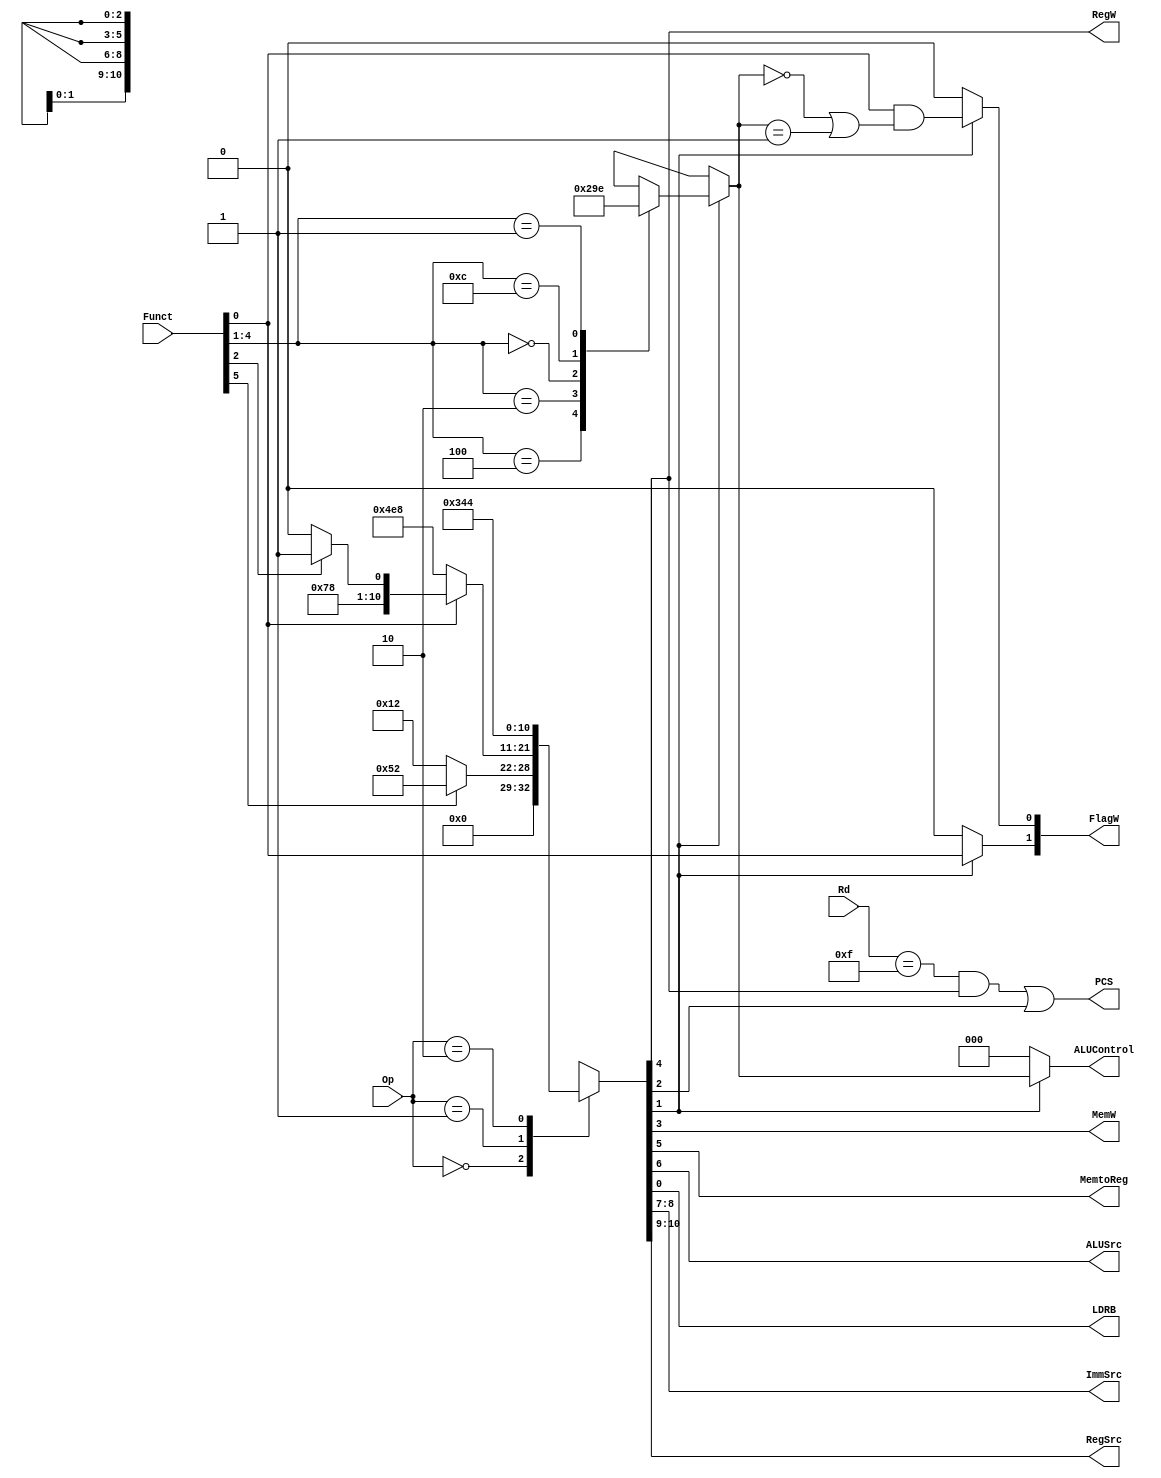
module decode (
	Op,
	Funct,
	Rd,
	FlagW,
	PCS,
	RegW,
	MemW,
	MemtoReg,
	ALUSrc,
	LDRB,
	ImmSrc,
	RegSrc,
	ALUControl
);
	input wire [1:0] Op;
	input wire [5:0] Funct;
	input wire [3:0] Rd;
	output reg [1:0] FlagW;
	output wire PCS;
	output wire RegW;
	output wire MemW;
	output wire MemtoReg;
	output wire ALUSrc;
	output wire LDRB;
	output wire [1:0] ImmSrc;
	output wire [1:0] RegSrc;
	output reg [2:0] ALUControl;
	reg [10:0] controls;
	wire Branch;
	wire ALUOp;
	
	always @(*)
		casex (Op)
			2'b00:
				if (Funct[5])
					controls = 11'b00001010010;
				else
					controls = 11'b00000010010;
			2'b01:
				if (Funct[0])
					if (Funct[2])
						controls = 11'b00011110001;
					else
						controls = 11'b00011110000;
				else
					controls = 11'b10011101000;
			2'b10: controls = 11'b01101000100;
			default: controls = 11'bxxxxxxxxxxx;
		endcase
	assign {RegSrc, ImmSrc, ALUSrc, MemtoReg, RegW, MemW, Branch, ALUOp, LDRB} = controls;
	always @(*)
		if (ALUOp) begin
			case (Funct[4:1])
				4'b0100: ALUControl = 3'b000;
				4'b0010: ALUControl = 3'b001;
				4'b0000: ALUControl = 3'b010;
				4'b1100: ALUControl = 3'b011;
				4'b0001: ALUControl = 3'b110;
				default: ALUControl = 3'bxxx;
			endcase
			FlagW[1] = Funct[0];
			FlagW[0] = Funct[0] & ((ALUControl == 3'b000) | (ALUControl == 3'b001));
		end
		else begin
			ALUControl = 3'b000;
			FlagW = 2'b00;
		end
	assign PCS = ((Rd == 4'b1111) & RegW) | Branch;
endmodule